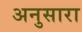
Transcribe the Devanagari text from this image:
अनुसारा